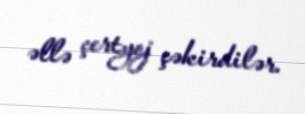
əllə çertyoj çəkirdilər.